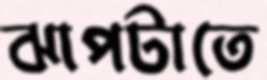
ঝাপটাতে